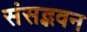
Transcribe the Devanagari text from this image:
संसद्भवन